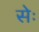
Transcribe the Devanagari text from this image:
सेः